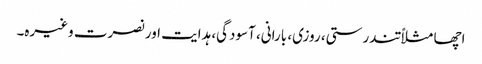
اچھا مثلاً تندرستی، روزی، بارانی، آسودگی، ہدایت اور نصرت وغیرہ۔